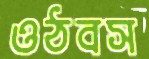
ওঠবস